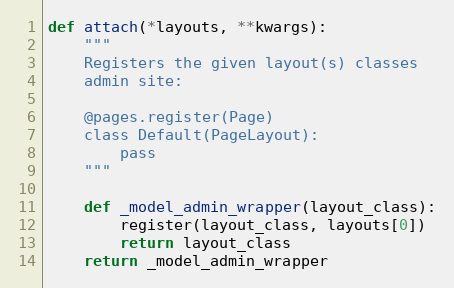
Language: Python
def attach(*layouts, **kwargs):
    """
    Registers the given layout(s) classes
    admin site:

    @pages.register(Page)
    class Default(PageLayout):
        pass
    """

    def _model_admin_wrapper(layout_class):
        register(layout_class, layouts[0])
        return layout_class
    return _model_admin_wrapper